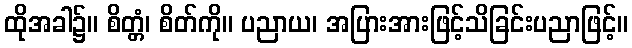
ထိုအခါ၌။ စိတ္တံ၊ စိတ်ကို။ ပညာယ၊ အပြားအားဖြင့်သိခြင်းပညာဖြင့်။